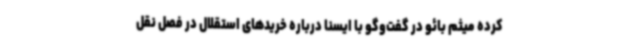
کرده میثم بائو در گفت‌وگو با ایسنا درباره خریدهای استقلال در فصل نقل